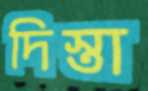
দিস্তা